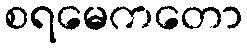
စရမေကတော